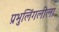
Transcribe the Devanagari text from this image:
प्रभुलिंगलीला